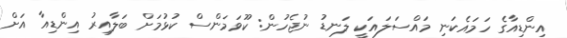
އިންޑިއާގެ ހަމައެކަނި މައްސަލައަކީ ލަނޑު ނުޖެހުން: ކޫވަމަންސް ކުޅުމަށް ބަލާއިރު އިންޑިއާ އަށް